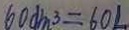
6 0 d m ^ { 3 } = 6 0 L